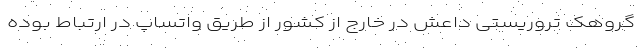
گروهک تروریستی داعش در خارج از کشور از طریق واتساپ در ارتباط بوده